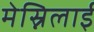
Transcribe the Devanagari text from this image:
मेस्निलाई